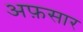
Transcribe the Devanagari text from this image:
अफ़सार